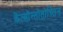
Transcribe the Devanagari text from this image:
केंत्सोन्तोतोच्तिन